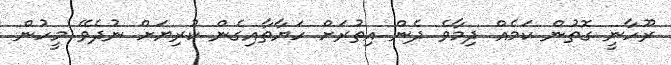
ރޫހާނީ ގޮތުން ކަމެއް ދިމާވެ ދެން އިތުރަށް ހަޔާތާއިގެން ކުރިޔަށް ނުދެވޭ މީހުން